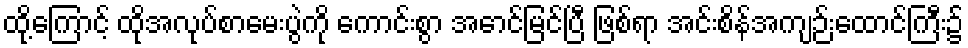
ထို့ကြောင့် ထိုအလုပ်စာမေးပွဲကို ကောင်းစွာ အောင်မြင်ပြီ ဖြစ်ရာ အင်းစိန်အကျဉ်းထောင်ကြီး၌